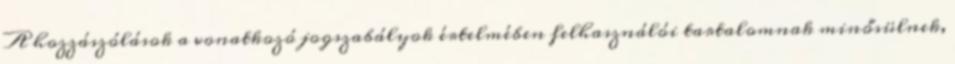
A hozzászólások a vonatkozó jogszabályok értelmében felhasználói tartalomnak minősülnek,